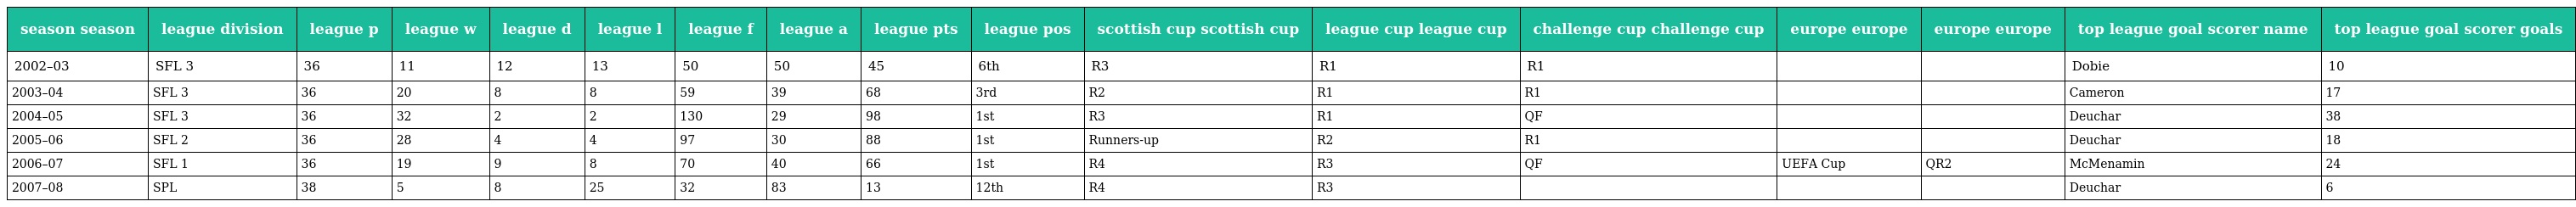
| season season | league division | league p | league w | league d | league l | league f | league a | league pts | league pos | scottish cup scottish cup | league cup league cup | challenge cup challenge cup | europe europe | europe europe | top league goal scorer name | top league goal scorer goals |
 | --- | --- | --- | --- | --- | --- | --- | --- | --- | --- | --- | --- | --- | --- | --- | --- | --- |
 | 2002–03 | SFL 3 | 36 | 11 | 12 | 13 | 50 | 50 | 45 | 6th | R3 | R1 | R1 |  |  | Dobie | 10 |
 | 2003–04 | SFL 3 | 36 | 20 | 8 | 8 | 59 | 39 | 68 | 3rd | R2 | R1 | R1 |  |  | Cameron | 17 |
 | 2004–05 | SFL 3 | 36 | 32 | 2 | 2 | 130 | 29 | 98 | 1st | R3 | R1 | QF |  |  | Deuchar | 38 |
 | 2005–06 | SFL 2 | 36 | 28 | 4 | 4 | 97 | 30 | 88 | 1st | Runners-up | R2 | R1 |  |  | Deuchar | 18 |
 | 2006–07 | SFL 1 | 36 | 19 | 9 | 8 | 70 | 40 | 66 | 1st | R4 | R3 | QF | UEFA Cup | QR2 | McMenamin | 24 |
 | 2007–08 | SPL | 38 | 5 | 8 | 25 | 32 | 83 | 13 | 12th | R4 | R3 |  |  |  | Deuchar | 6 |